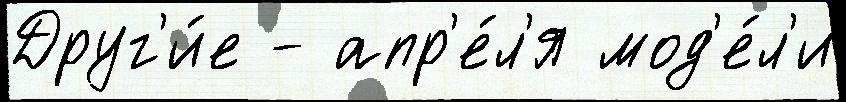
Друг'и́е - апр'е́л'я мод'е́л'и